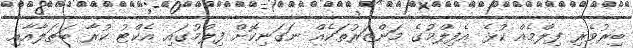
ބިރުވެރި ފިލްމެއް ކުޅެ އެފިލްމުގެ މަންޒަރުތަކެއް ނަގަނިކޮށް ފިލްމުގައި އެކްޓު ކުރާ ބަޠަލާއާއި